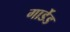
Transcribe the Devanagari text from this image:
गार्डेड